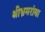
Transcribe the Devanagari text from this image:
श्रीभ्रमरांबा